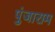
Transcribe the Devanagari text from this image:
पुंजाराम